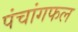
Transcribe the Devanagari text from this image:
पंचांगफल